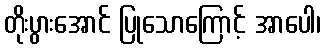
တိုးပွားအောင် ပြုသောကြောင့် အာပေါ၊